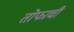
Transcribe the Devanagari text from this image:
तोफाची